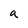
Character: a